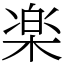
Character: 楽